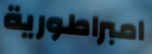
امبراطورية